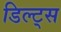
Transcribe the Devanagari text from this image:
डिल्ट्स